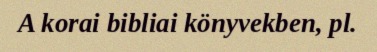
A korai bibliai könyvekben, pl.